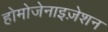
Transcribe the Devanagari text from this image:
होमोजेनाइज़ेशन